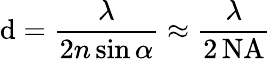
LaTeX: \mathrm{d}={\frac{{\lambda}}{{2n\sin\alpha}}}\approx{\frac{{\lambda}}{{2\, {\textrm{{NA}}}}}}